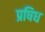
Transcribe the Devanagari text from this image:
प्रषिध